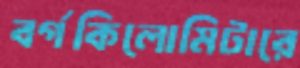
বর্গকিলোমিটারে